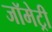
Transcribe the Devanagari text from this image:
जॉमेट्री